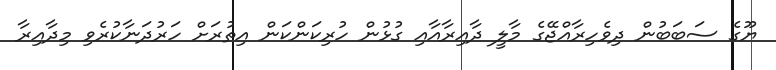
ޔޫގެ ސަބަބުން ދިވެހިރާއްޖޭގެ މާލީ ދާއިރާއާއި ގުޅުން ހުރިކަންކަން އިތުރަށް ހަރުދަނާކުރެވި މިދާއިރާ